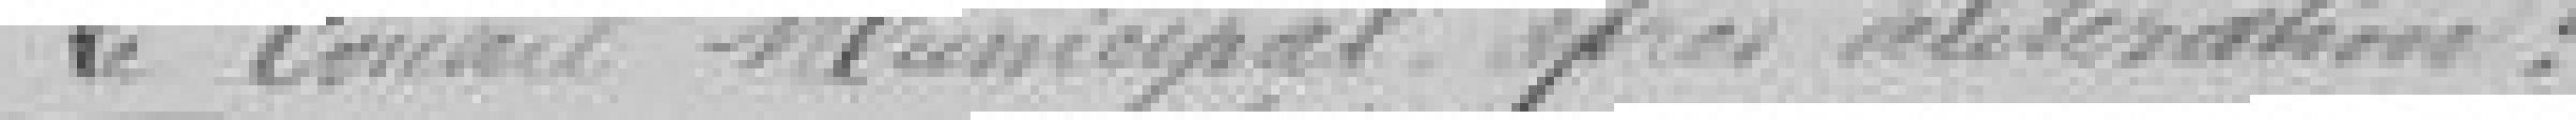
Le Conseil Municipal après délibération,